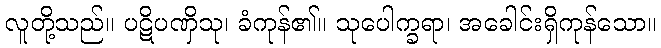
လူတို့သည်။ ပဋိပဏှိသု၊ ခံကုန်၏။ သုပေါက္ခရာ၊ အခေါင်းရှိကုန်သော။